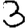
Digit: 3